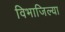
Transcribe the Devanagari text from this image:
विभाजिल्या